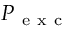
P _ { \mathrm { ~ e ~ x ~ c ~ } }